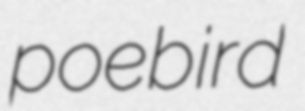
poebird